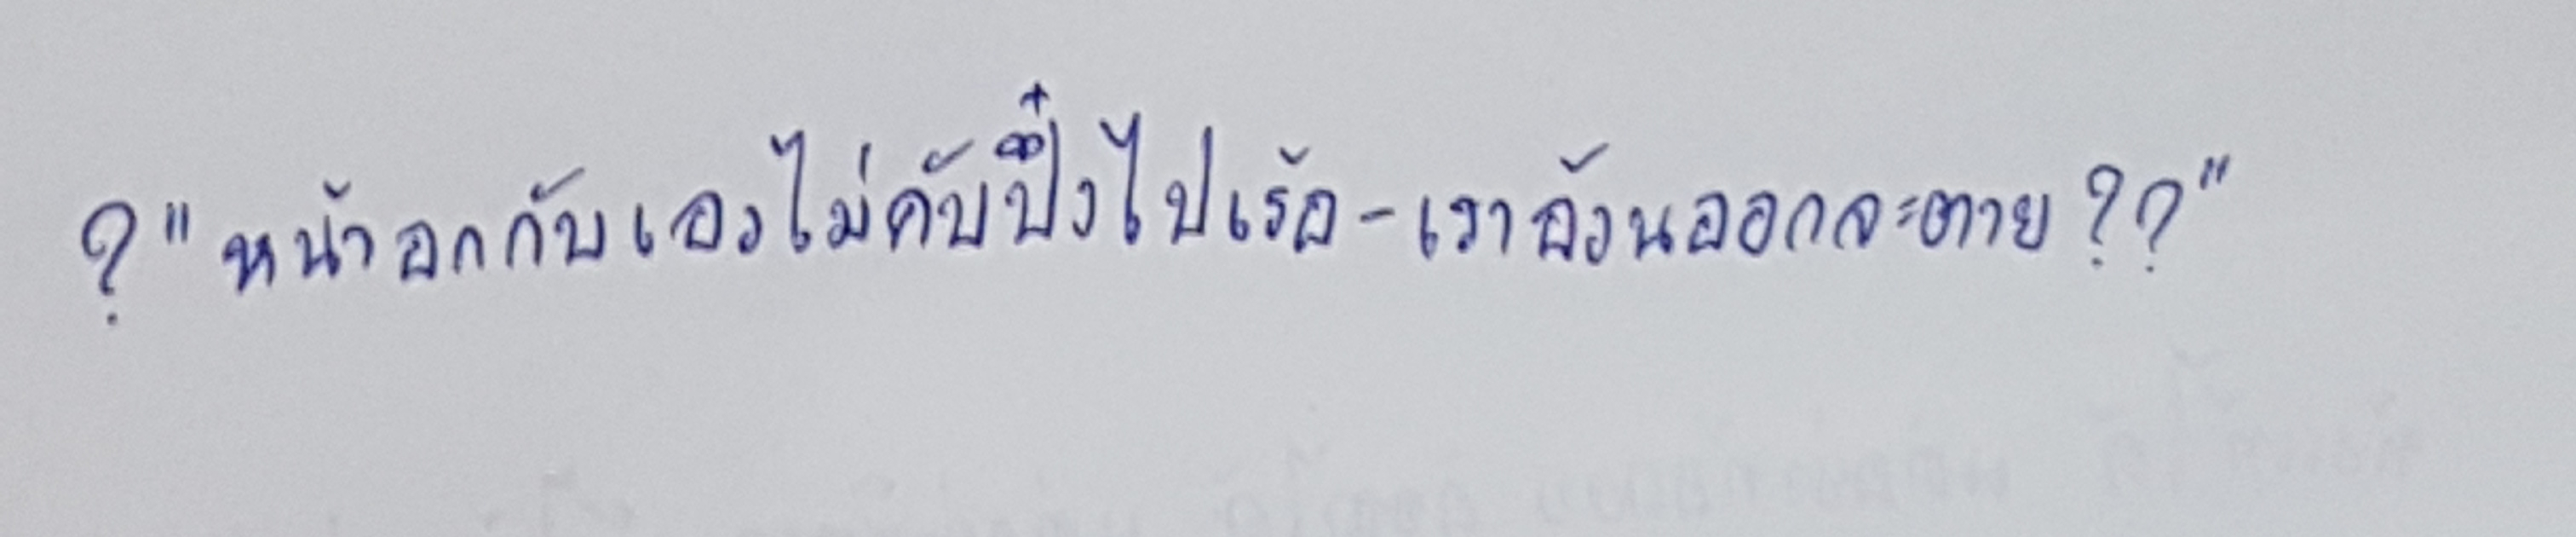
?"หน้าอกกับเอวไม่คับปึ๋งไปเร้อ-เราอ้วนออกจะตาย??"